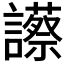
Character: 𧭝